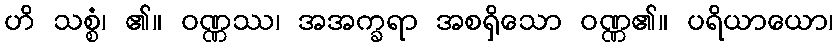
ဟိ သစ္စံ၊ ၏။ ဝဏ္ဏဿ၊ အအက္ခရာ အစရှိသော ဝဏ္ဏ၏။ ပရိယာယော၊